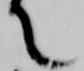
て